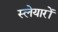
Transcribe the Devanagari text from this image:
स्लेयारों